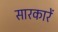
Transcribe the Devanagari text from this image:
सारकारें